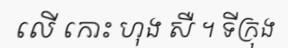
លើ កោះ ហុង សឺ ។ ទីក្រុង